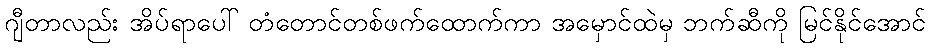
ဂျီတာလည်း အိပ်ရာပေါ် တံတောင်တစ်ဖက်ထောက်ကာ အမှောင်ထဲမှ ဘက်ဆီကို မြင်နိုင်အောင်